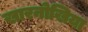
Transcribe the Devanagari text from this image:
खारनोखिया